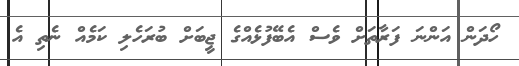
ހޯދަން އަންނަ ފަރާތަށް ވެސް އެބޭފުޅެއްގެ ޖީބަށް ބުރަހެލި ކަމެއް ނެތި އެ